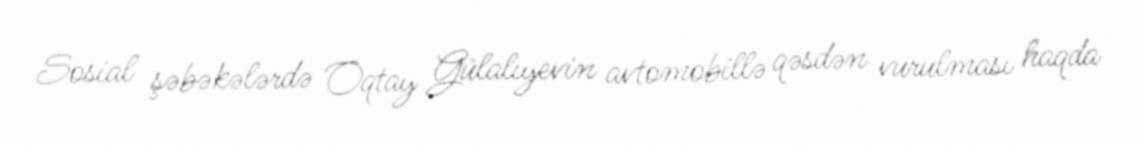
Sosial şəbəkələrdə Oqtay Gülalıyevin avtomobillə qəsdən vurulması haqda